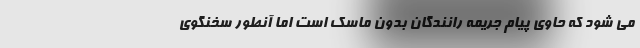
می شود که حاوی پیام جریمه رانندگان بدون ماسک است اما آنطور سخنگوی